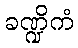
ခဏ္ဍိကံ